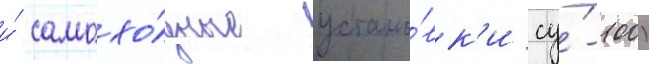
и́ самохо́дные устано́вк'и су́-100)